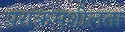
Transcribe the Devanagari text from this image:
पराक्रमशीलता